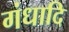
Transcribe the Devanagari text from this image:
गंधादि